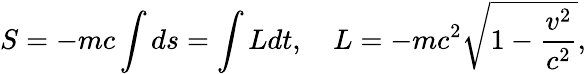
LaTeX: S=-mc\int ds=\int Ldt,\quad L=-mc^{2}{\sqrt{1-{\frac{v^{2}}{c^{2}}}}},